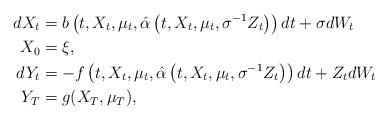
LaTeX: \begin{align*} dX_t&=b\left(t,X_t,\mu_{t},\hat{\alpha}\left(t,X_t,\mu_{t},\sigma^{-1}Z_t\right)\right)dt+\sigma dW_t \\ X_0&=\xi ,\\ dY_t&=-f\left(t,X_t,\mu_{t},\hat{\alpha}\left(t,X_t,\mu_{t},\sigma^{-1}Z_t\right)\right)dt+Z_t dW_t \\ Y_T&=g(X_T,\mu_{T}),\end{align*}